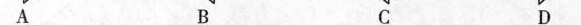
A B C D